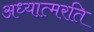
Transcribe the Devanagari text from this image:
अध्यात्मरति